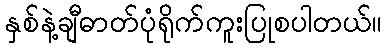
နှစ်နဲ့ချီဓာတ်ပုံရိုက်ကူးပြုစပါတယ်။